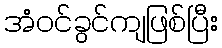
အံဝင်ခွင်ကျဖြစ်ပြီး